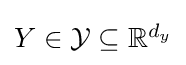
{\textstyle Y\in {\mathcal {Y}}\subseteq \mathbb {R} ^{d_{y}}}